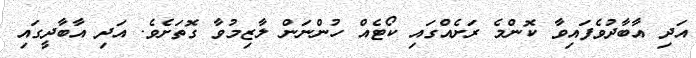
އަދި އާބާދުވެފައިވާ ކޮންމެ ރަށެއްގައި ކޯޓެއް ހުންނަން ލާޒިމުވާ ގޮތަށެވެ. އަދި އާބާދީގައި